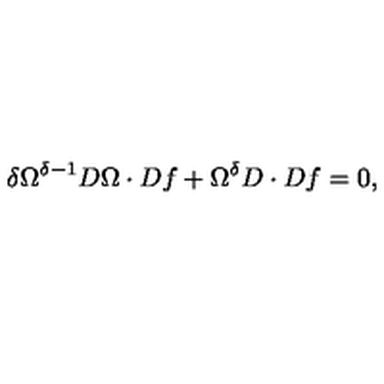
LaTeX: \delta \Omega ^ { \delta - 1 } D \Omega \cdot D f + \Omega ^ { \delta } D \cdot D f = 0 ,